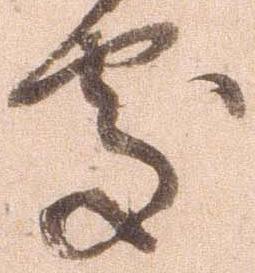
処